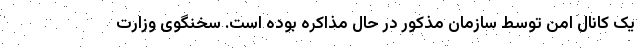
یک کانال امن توسط سازمان مذکور در حال مذاکره بوده است. سخنگوی وزارت